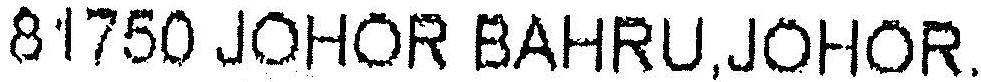
81750 JOHOR BAHRU,JOHOR.